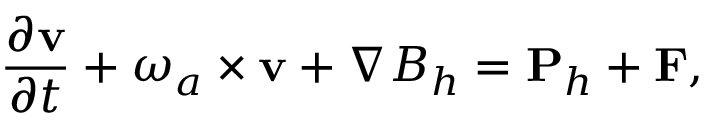
\frac { \partial { \bf v } } { \partial t } + \boldsymbol { \omega } _ { a } \times { \bf v } + \nabla B _ { h } = { \bf P } _ { h } + { \bf F } ,